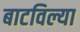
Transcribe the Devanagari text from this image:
बाटविल्या